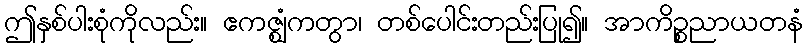
ဤနှစ်ပါးစုံကိုလည်း။ ဧကဇ္ဈံကတွာ၊ တစ်ပေါင်းတည်းပြု၍။ အာကိဉ္စညာယတနံ